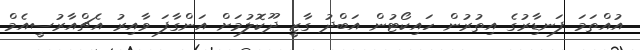
އުއްތަމަ ފަނޑިާރުގެ އިތުރުން ހައިކޯޓުން އަބްދު ގާޒީ ދޫކޮލުމަށް އަންގާފަ ވާއިރު އެޗްއާރުސީއެމް